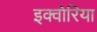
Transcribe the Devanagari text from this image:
इक्वोरिया